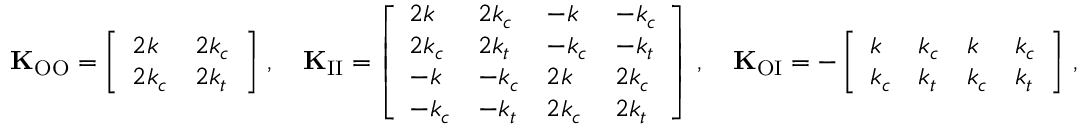
\mathbf { K } _ { \mathrm { O O } } = \left[ \begin{array} { l l } { 2 k } & { 2 k _ { c } } \\ { 2 k _ { c } } & { 2 k _ { t } } \end{array} \right] \, , \quad \mathbf { K } _ { \mathrm { I I } } = \left[ \begin{array} { l l l l } { 2 k } & { 2 k _ { c } } & { - k } & { - k _ { c } } \\ { 2 k _ { c } } & { 2 k _ { t } } & { - k _ { c } } & { - k _ { t } } \\ { - k } & { - k _ { c } } & { 2 k } & { 2 k _ { c } } \\ { - k _ { c } } & { - k _ { t } } & { 2 k _ { c } } & { 2 k _ { t } } \end{array} \right] \, , \quad \mathbf { K } _ { \mathrm { O I } } = - \left[ \begin{array} { l l l l } { k } & { k _ { c } } & { k } & { k _ { c } } \\ { k _ { c } } & { k _ { t } } & { k _ { c } } & { k _ { t } } \end{array} \right] \, ,